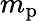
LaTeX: m_{\mathrm{p}}